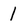
Character: 1